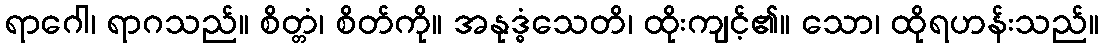
ရာဂေါ၊ ရာဂသည်။ စိတ္တံ၊ စိတ်ကို။ အနုဒ္ဓံသေတိ၊ ထိုးကျင့်၏။ သော၊ ထိုရဟန်းသည်။